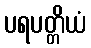
ပရပတ္တိယံ